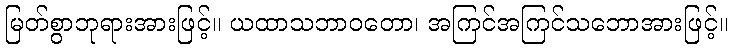
မြတ်စွာဘုရားအားဖြင့်။ ယထာသဘာဝတော၊ အကြင်အကြင်သဘောအားဖြင့်။